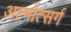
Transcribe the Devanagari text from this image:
अत्मोत्सर्ग